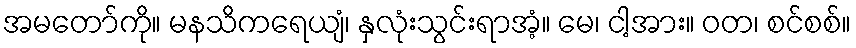
အမတော်ကို။ မနသိကရေယျံ၊ နှလုံးသွင်းရာအံ့။ မေ၊ ငါ့အား။ ဝတ၊ စင်စစ်။